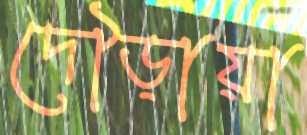
দৌড়ায়া